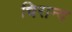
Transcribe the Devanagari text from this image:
चिरान्द